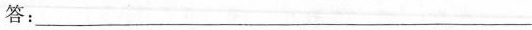
答：___